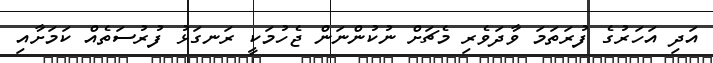
އަދި އަހަރުގެ ފުރަތަމަ ވާދަވެރި މެޗަށް ނުކުންނަން ޖެހުމަކީ ރަނގަޅު ފުރުސަތެއް ކަމަށާއި